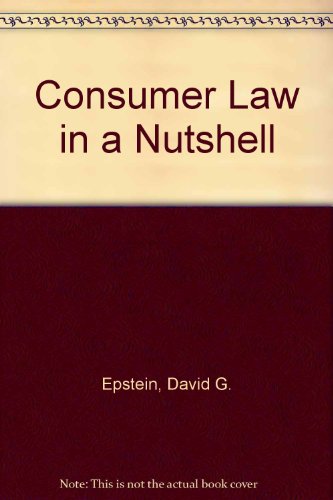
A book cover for Consumer Law in a Nutshell (NUTSHELL SERIES); David G. Epstin; Law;